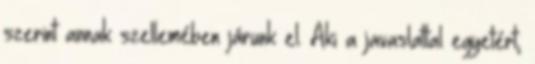
szerint annak szellemében járunk el. Aki a javaslattal egyetért,